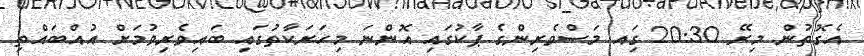
އެގޮތުން މިރޭ 20:30 ގަިއ މަސްވެރިންގެ ޕާކުގައި އޮންނަ މިހަރަކާތުގައި ބައިވެރިވުމަށް އުއްބައްތި